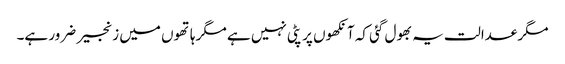
مگر عدالت یہ بھول گئی کہ آنکھوں پر پٹی نہیں ہے مگر ہاتھوں میں زنجیر ضرور ہے۔